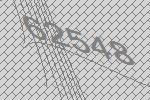
62548